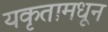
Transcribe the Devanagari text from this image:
यकृतामधून